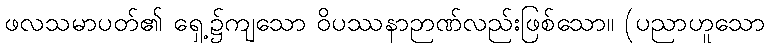
ဖလသမာပတ်၏ ရှေ့၌ကျသော ဝိပဿနာဉာဏ်လည်းဖြစ်သော။ (ပညာဟူသော